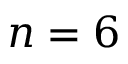
n = 6